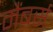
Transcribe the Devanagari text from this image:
मैंबर्स